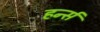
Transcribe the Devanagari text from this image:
हर्न्स